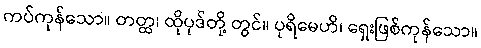
ကပ်ကုန်သော။ တတ္ထ၊ ထိုပုဒ်တို့ တွင်။ ပုရိမေဟိ၊ ရှေးဖြစ်ကုန်သော။